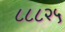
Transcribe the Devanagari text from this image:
८८८२५